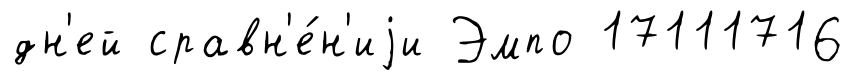
дн'ей сравн'е́н'иjи Эмпо 17111716